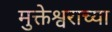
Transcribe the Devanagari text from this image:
मुक्तेश्वराच्या